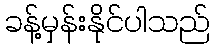
ခန့်မှန်းနိုင်ပါသည်